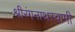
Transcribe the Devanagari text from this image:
श्रीरंगनाथस्वामी